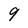
Character: 9